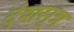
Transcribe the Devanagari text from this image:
दंशसूत्र